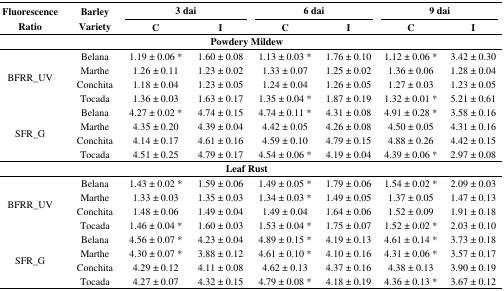
<table><thead><tr><td rowspan="3"><b>Fluorescence Ratio</b></td><td rowspan="3"><b>Barley Variety</b></td><td colspan="2"><b>3 dai</b></td><td colspan="2"><b>6 dai</b></td><td colspan="2"><b>9 dai</b></td></tr><tr><td><b>C</b></td><td><b>I</b></td><td><b>C</b></td><td><b>I</b></td><td><b>C</b></td><td><b>I</b></td></tr></thead><tbody><tr><td colspan="8"><b>Powdery Mildew</b></td></tr><tr><td rowspan="4">BFRR_UV</td><td>Belana</td><td>1.19 ± 0.06 *</td><td>1.60 ± 0.08</td><td>1.13 ± 0.03 *</td><td>1.76 ± 0.10</td><td>1.12 ± 0.06 *</td><td>3.42 ± 0.30</td></tr><tr><td>Marthe</td><td>1.26 ± 0.11</td><td>1.23 ± 0.02</td><td>1.33 ± 0.07</td><td>1.25 ± 0.02</td><td>1.36 ± 0.06</td><td>1.28 ± 0.04</td></tr><tr><td>Conchita</td><td>1.18 ± 0.04</td><td>1.23 ± 0.05</td><td>1.24 ± 0.04</td><td>1.26 ± 0.05</td><td>1.27 ± 0.03</td><td>1.23 ± 0.05</td></tr><tr><td>Tocada</td><td>1.36 ± 0.03</td><td>1.63 ± 0.17</td><td>1.35 ± 0.04 *</td><td>1.87 ± 0.19</td><td>1.32 ± 0.01 *</td><td>5.21 ± 0.61</td></tr><tr><td rowspan="4">SFR_G</td><td>Belana</td><td>4.27 ± 0.02 *</td><td>4.74 ± 0.15</td><td>4.74 ± 0.11 *</td><td>4.31 ± 0.08</td><td>4.91 ± 0.28 *</td><td>3.58 ± 0.16</td></tr><tr><td>Marthe</td><td>4.35 ± 0.20</td><td>4.39 ± 0.04</td><td>4.42 ± 0.05</td><td>4.26 ± 0.08</td><td>4.50 ± 0.05</td><td>4.31 ± 0.16</td></tr><tr><td>Conchita</td><td>4.14 ± 0.17</td><td>4.61 ± 0.16</td><td>4.59 ± 0.10</td><td>4.79 ± 0.15</td><td>4.88 ± 0.26</td><td>4.42 ± 0.15</td></tr><tr><td>Tocada</td><td>4.51 ± 0.25</td><td>4.79 ± 0.17</td><td>4.54 ± 0.06 *</td><td>4.19 ± 0.04</td><td>4.39 ± 0.06 *</td><td>2.97 ± 0.08</td></tr><tr><td colspan="8"><b>Leaf Rust</b></td></tr><tr><td rowspan="4">BFRR_UV</td><td>Belana</td><td>1.43 ± 0.02 *</td><td>1.59 ± 0.06</td><td>1.49 ± 0.05 *</td><td>1.79 ± 0.06</td><td>1.54 ± 0.02 *</td><td>2.09 ± 0.03</td></tr><tr><td>Marthe</td><td>1.33 ± 0.03</td><td>1.35 ± 0.03</td><td>1.34 ± 0.03 *</td><td>1.49 ± 0.05</td><td>1.37 ± 0.05</td><td>1.47 ± 0.13</td></tr><tr><td>Conchita</td><td>1.48 ± 0.06</td><td>1.49 ± 0.04</td><td>1.49 ± 0.04</td><td>1.64 ± 0.06</td><td>1.52 ± 0.09</td><td>1.91 ± 0.18</td></tr><tr><td>Tocada</td><td>1.46 ± 0.04 *</td><td>1.60 ± 0.03</td><td>1.53 ± 0.04 *</td><td>1.75 ± 0.07</td><td>1.52 ± 0.02 *</td><td>2.03 ± 0.10</td></tr><tr><td rowspan="4">SFR_G</td><td>Belana</td><td>4.56 ± 0.07 *</td><td>4.23 ± 0.04</td><td>4.89 ± 0.15 *</td><td>4.19 ± 0.13</td><td>4.61 ± 0.14 *</td><td>3.73 ± 0.18</td></tr><tr><td>Marthe</td><td>4.30 ± 0.07 *</td><td>3.88 ± 0.12</td><td>4.61 ± 0.10 *</td><td>4.10 ± 0.16</td><td>4.31 ± 0.06 *</td><td>3.57 ± 0.17</td></tr><tr><td>Conchita</td><td>4.29 ± 0.12</td><td>4.11 ± 0.08</td><td>4.62 ± 0.13</td><td>4.37 ± 0.16</td><td>4.38 ± 0.13</td><td>3.90 ± 0.19</td></tr><tr><td>Tocada</td><td>4.27 ± 0.07</td><td>4.32 ± 0.15</td><td>4.79 ± 0.08 *</td><td>4.18 ± 0.19</td><td>4.36 ± 0.13 *</td><td>3.67 ± 0.12</td></tr></tbody></table>